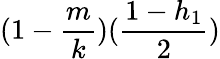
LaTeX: (1-\frac{m}{k})(\frac{1-h_{1}}{2})